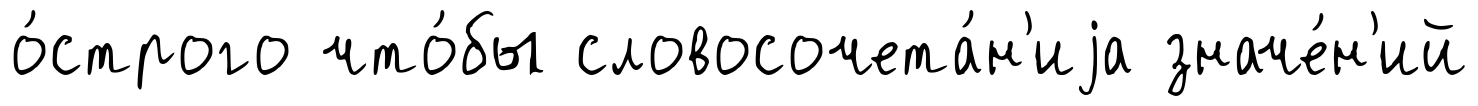
о́строго что́бы словосочета́н'иjа значе́н'ий